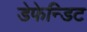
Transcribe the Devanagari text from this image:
डेफेन्डिट